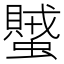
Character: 蠈